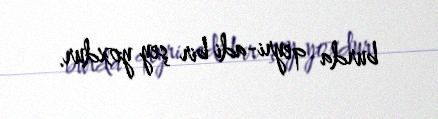
burda qeyri-adi bir şey yoxdur.